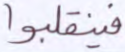
فينقلبوا